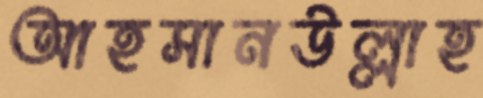
আহসানউল্লাহ